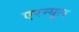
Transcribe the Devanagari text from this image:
एरन्‍यूल